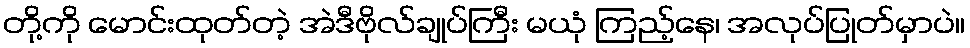
တို့ကို မောင်းထုတ်တဲ့ အဲဒီဗိုလ်ချုပ်ကြီး မယုံ ကြည့်နေ၊ အလုပ်ပြုတ်မှာပဲ။